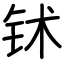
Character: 𬬸